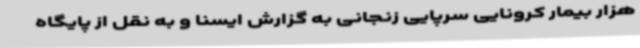
هزار بیمار کرونایی سرپایی زنجانی به گزارش ایسنا و به نقل از پایگاه